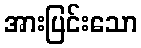
အားပြင်းသော